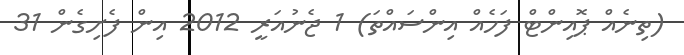
(ތިނެއް ޕޮއިންޓް ފަހެއް އިންސައްތަ) 1 ޖެނުއަރީ 2012 އިން ފެށިގެން 31